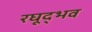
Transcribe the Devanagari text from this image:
रघूद्भव